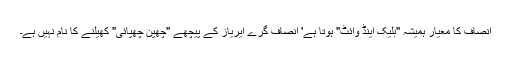
انصاف کا معیار ہمیشہ ''بلیک اینڈ وائٹ'' ہوتا ہے' انصاف گرے ایریاز کے پیچھے ''چھپن چھپائی'' کھیلنے کا نام نہیں ہے۔